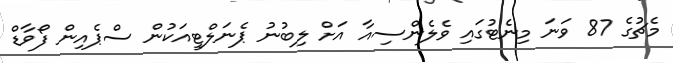
މެޗުގެ 87 ވަނަ މިނެޓުގައި ވެލެންސިއާ އަށް ލިބުނު ޕެނަލްޓީއަކުން ސްޕެއިން ފޯވާޑް